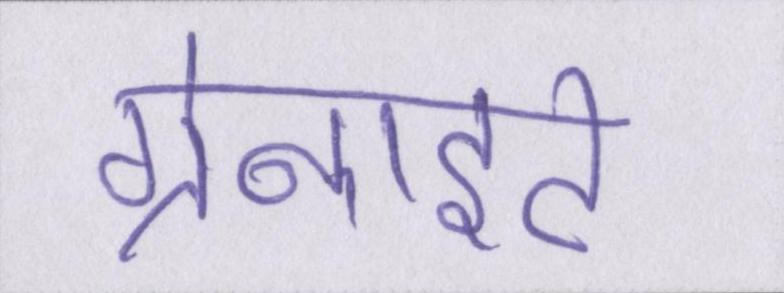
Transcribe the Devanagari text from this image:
ग्रेनाइट